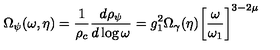
\Omega _ { \psi } ( \omega , \eta ) = \frac { 1 } { \rho _ { c } } \frac { d \rho _ { \psi } } { d \log { \omega } } = g _ { 1 } ^ { 2 } \Omega _ { \gamma } ( \eta ) \biggl [ \frac { \omega } { \omega _ { 1 } } \biggr ] ^ { 3 - 2 \mu }